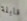
قابلة